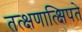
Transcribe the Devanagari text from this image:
तत्क्षणात्क्षिपते